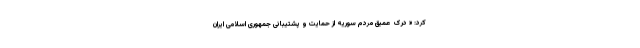
کرد: « درک عمیق مردم سوریه از حمایت و پشتیبانی جمهوری اسلامی ایران